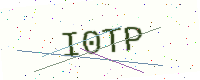
Text: I0TP